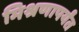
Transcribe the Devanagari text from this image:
मिश्रणापर्यंत